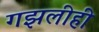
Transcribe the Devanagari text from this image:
गझलीही